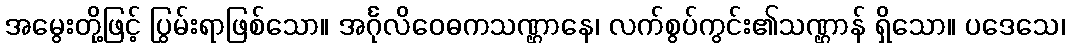
အမွေးတို့ဖြင့် ပြွမ်းရာဖြစ်သော။ အင်္ဂုလိဝေဓကသဏ္ဌာနေ၊ လက်စွပ်ကွင်း၏သဏ္ဌာန် ရှိသော။ ပဒေသေ၊